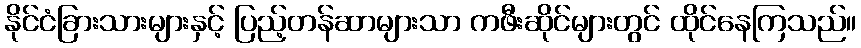
နိုင်ငံခြားသားများနှင့် ပြည့်တန်ဆာများသာ ကဖီးဆိုင်များတွင် ထိုင်နေကြသည်။